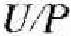
U/P